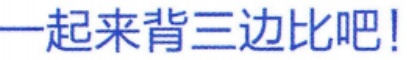
一起来背三边比吧!